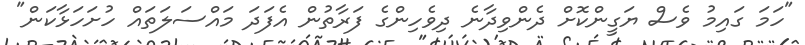
"ހަމަ ގައިމު ވެސް ޔަގީންކޮށް ދެންވިދާނެ ދިވެހިންގެ ފަރާތުން އެފަދަ މައްސަލަތައް ހުށަހަޅާކަން"